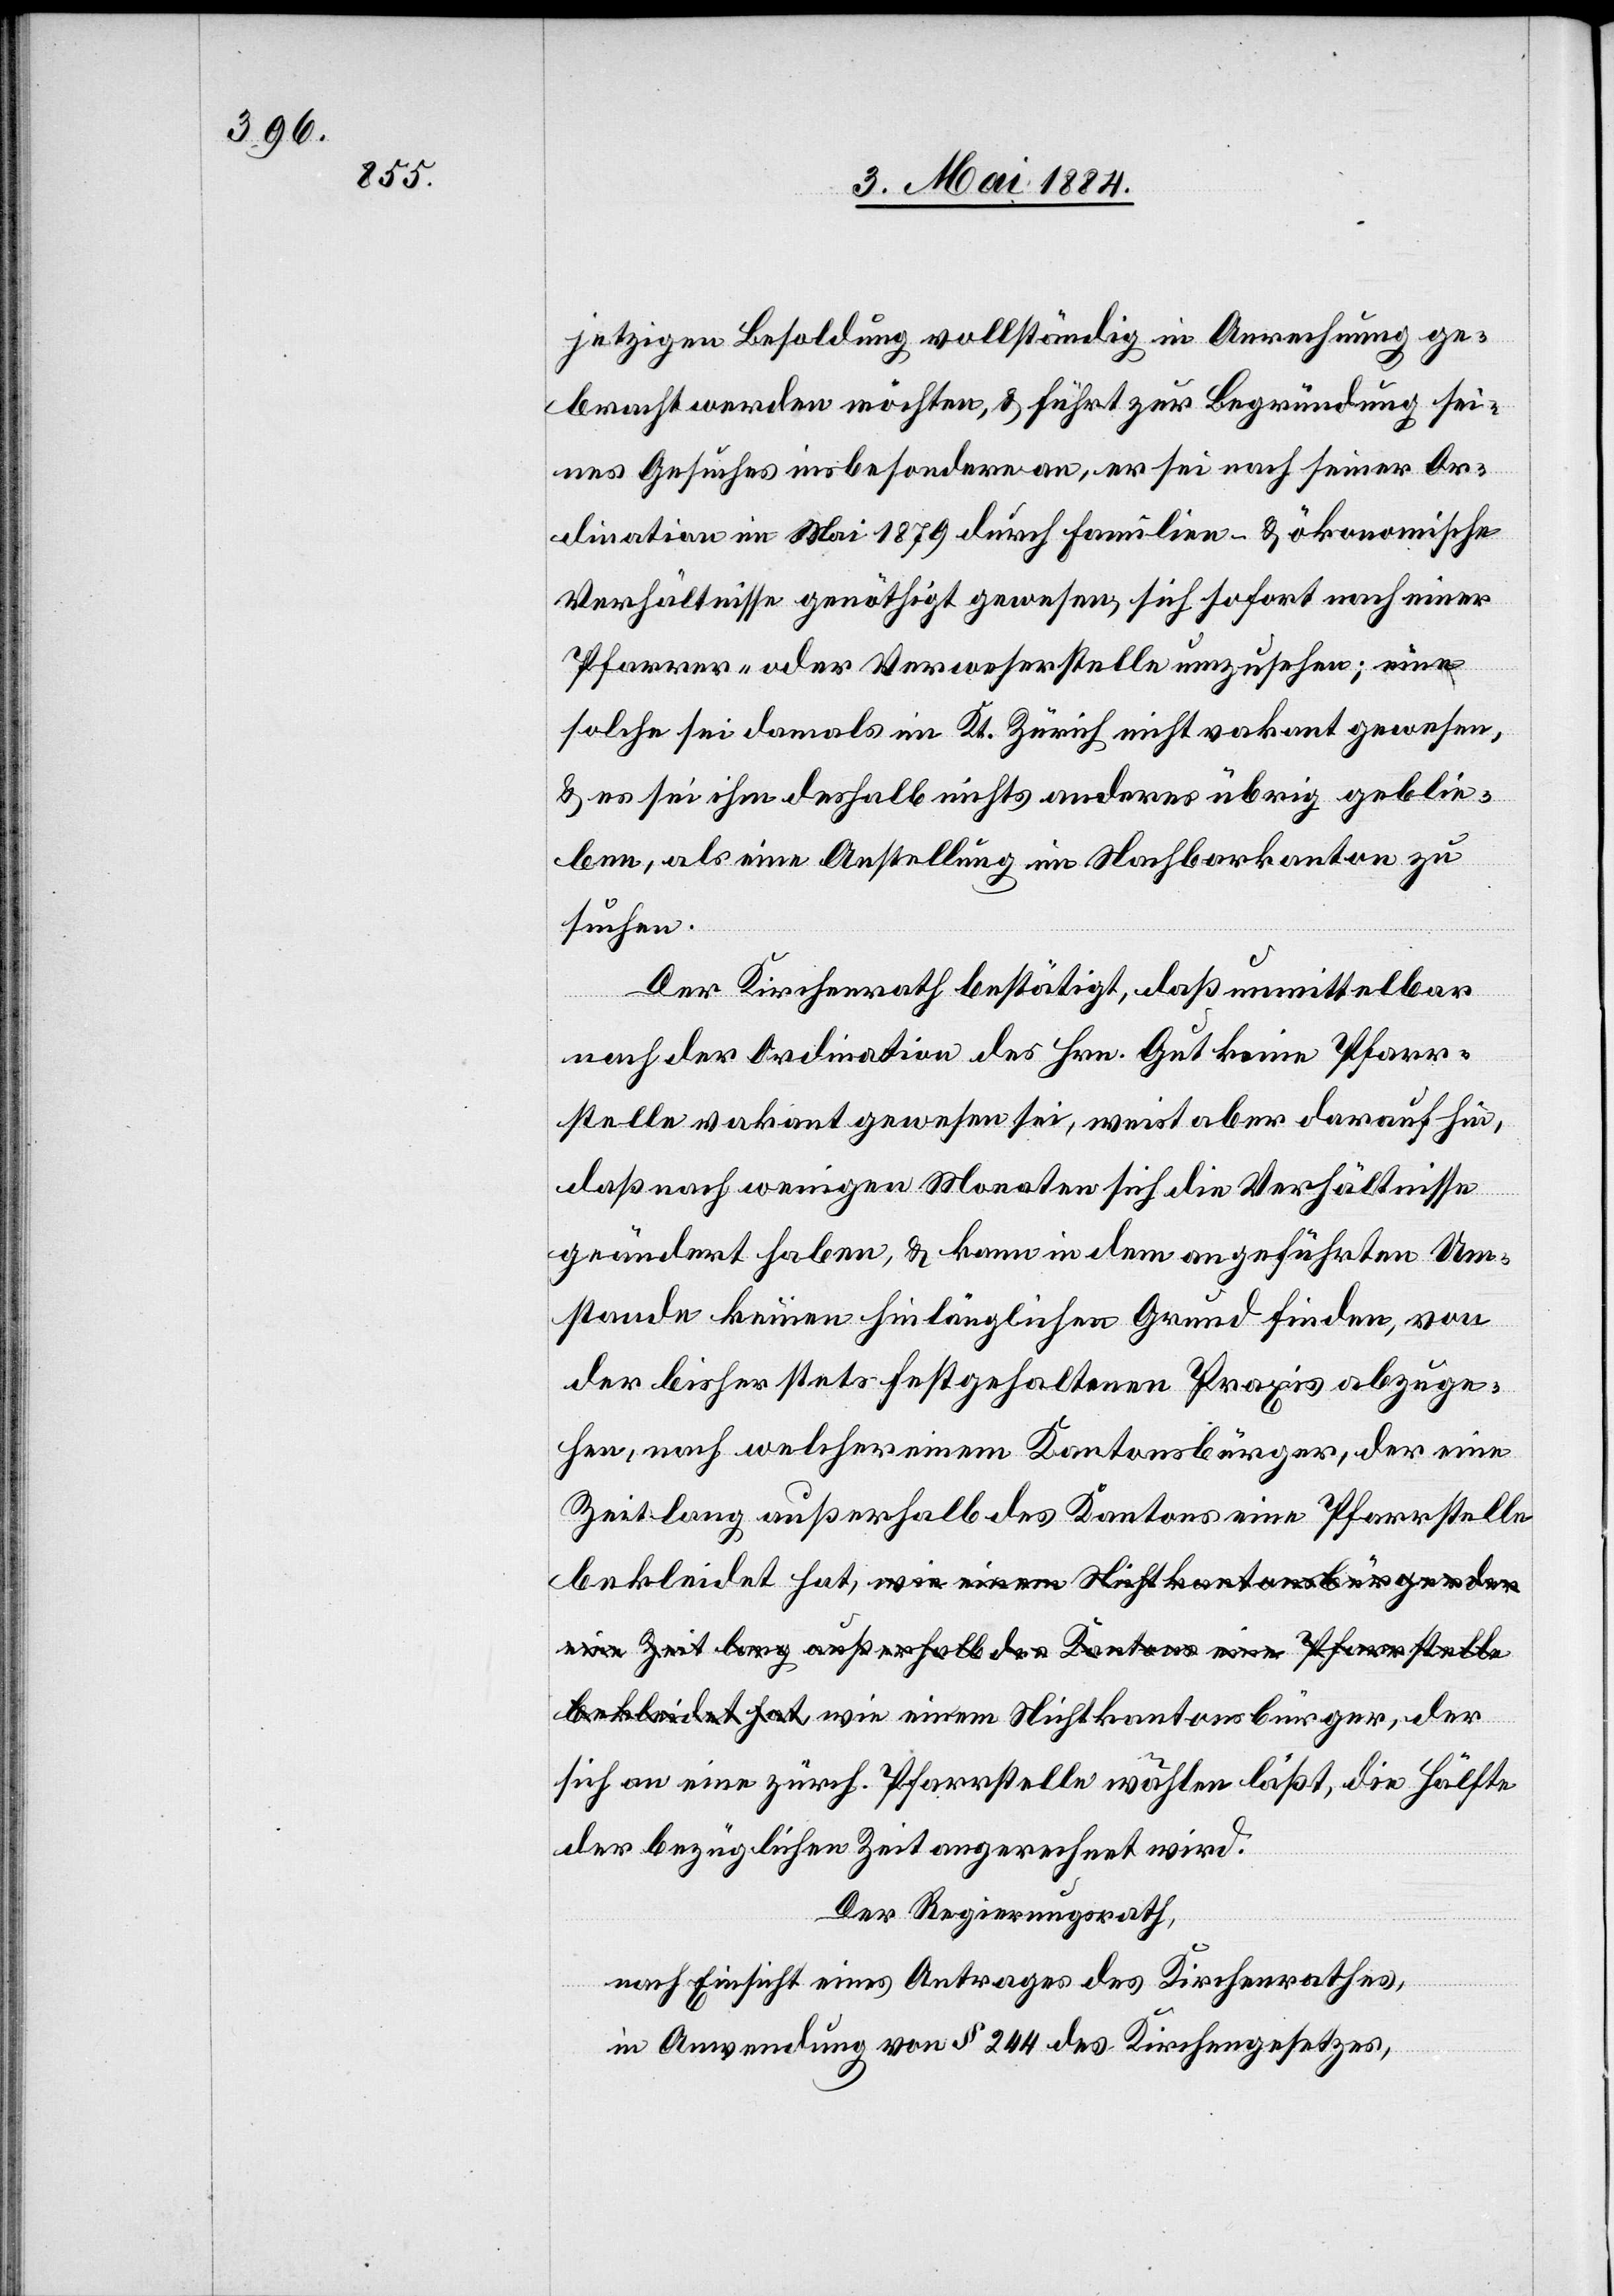
jetzigen Besoldung vollständig in Anrechnung ge¬
bracht werden möchten, & führt zur Begründung sei¬
nes Gesuches insbesondere an, er sei nach seiner Or¬
dination im Mai 1879 durch familien- & ökonomische
Verhältnisse genöthigt gewesen, sich sofort nach einer
Pfarrer- oder Verweserstelle umzusehen; eine
solche sei damals im Kt. Zürich nicht vakant gewesen,
& es sei ihm deshalb nichts anderes übrig geblie¬
ben, als eine Anstellung im Nachbarkanton zu
suchen.
Der Kirchenrath bestätigt, daß unmittelbar
nach der Ordination des Hrn. Gut keine Pfarr¬
stelle vakant gewesen sei, weist aber darauf hin,
daß nach wenigen Monaten sich die Verhältnisse
geändert haben, & kann in dem angeführten Um¬
stande keinen hinlänglichen Grund finden, von
der bisher stets festgehaltenen Praxis abzuge¬
hen, nach welcher einem Kantonsbürger, der eine
Zeit lang außerhalb des Kantons eine Pfarrstelle
bekleidet hat, wie einem Nichtkantonsbürger, der
sich an eine zürch. Pfarrstelle wählen läßt, die Hälfte
der bezüglichen Zeit angerechnet wird.
Der Regierungsrath,
nach Einsicht eines Antrages des Kirchenrathes,
in Anwendung von § 244 des Kirchengesetzes,